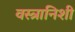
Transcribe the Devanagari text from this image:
वस्त्रानिशी